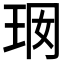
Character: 𤤢